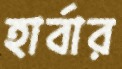
হার্বার